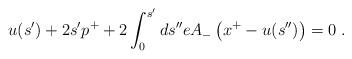
LaTeX: \begin{align*}u(s') + 2 s' p^+ + 2 \int_0^{s'} ds'' e A_-\left(x^+ - u(s'')\right) = 0 \; .\end{align*}